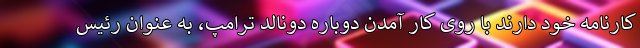
کارنامه خود دارند با روی کار آمدن دوباره دونالد ترامپ، به عنوان رئیس